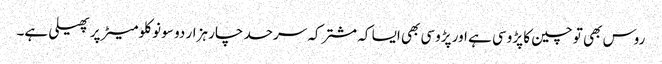
روس بھی تو چین کا پڑوسی ہے اور پڑوسی بھی ایسا کہ مشترکہ سرحد چار ہزار دو سو نو کلومیٹر پر پھیلی ہے۔